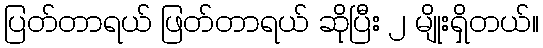
ပြတ်တာရယ် ဖြတ်တာရယ် ဆိုပြီး ၂ မျိုးရှိတယ်။